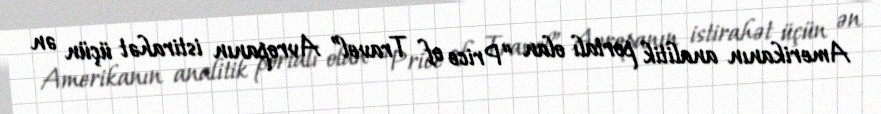
Amerikanın analitik portalı olan “Price of Travel” Avropanın istirahət üçün ən